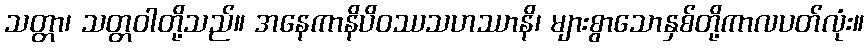
သတ္တာ၊ သတ္တဝါတို့သည်။ အနေကာနိပိဝဿသဟဿာနိ၊ များစွာသောနှစ်တို့ကာလပတ်လုံး။